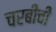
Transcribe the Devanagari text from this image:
चरबीची